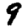
Digit: 9